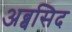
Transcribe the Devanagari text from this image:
अब्बसिद